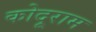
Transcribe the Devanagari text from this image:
कोदूराम